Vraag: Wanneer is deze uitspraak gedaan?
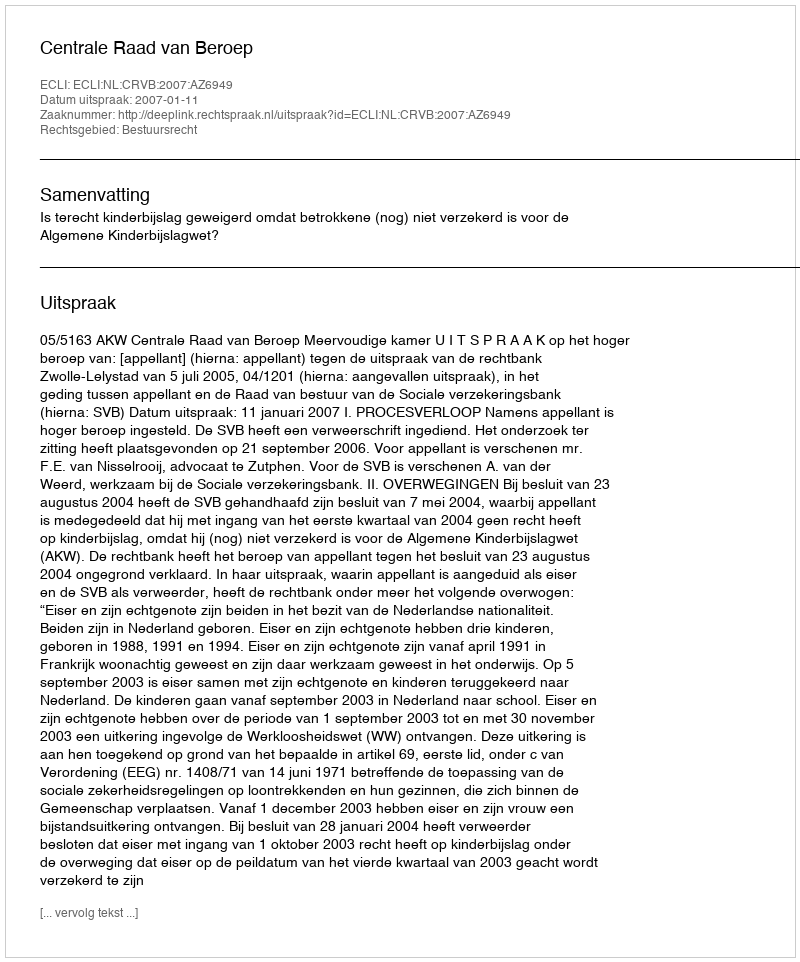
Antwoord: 2007-01-11